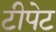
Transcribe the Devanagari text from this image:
टीपेट